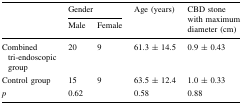
<table><thead><tr><td rowspan="2"></td><td colspan="2"><b>Gender</b></td><td rowspan="2"><b>Age (years)</b></td><td rowspan="2"><b>CBD stone with maximum diameter (cm)</b></td></tr><tr><td><b>Male</b></td><td><b>Female</b></td></tr></thead><tbody><tr><td>Combined tri-endoscopic group</td><td>20</td><td>9</td><td>61.3 ± 14.5</td><td>0.9 ± 0.43</td></tr><tr><td>Control group</td><td>15</td><td>9</td><td>63.5 ± 12.4</td><td>1.0 ± 0.33</td></tr><tr><td><i>p</i></td><td colspan="2">0.62</td><td>0.58</td><td>0.88</td></tr></tbody></table>